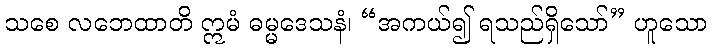
သစေ လဘေထာတိ ဣမံ ဓမ္မဒေသနံ၊ “အကယ်၍ ရသည်ရှိသော်” ဟူသော